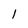
Character: 1